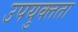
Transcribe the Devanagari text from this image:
उपयुक्‍तता